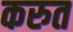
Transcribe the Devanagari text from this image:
करुत